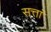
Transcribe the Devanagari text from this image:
सत्तां